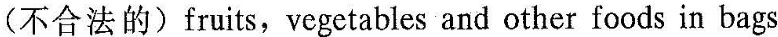
(不合法的) fruits，vegetables and other foods in bags